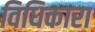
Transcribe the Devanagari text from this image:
विधिकारा